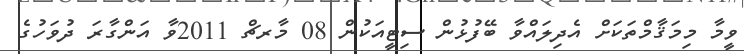
ވީމާ މިމަޤާމްތަކަށް އެދިލައްވާ ބޭފުޅުން ސިޓީއަކުން 08 މާރޗް 2011ވާ އަންގާރަ ދުވަހުގެ